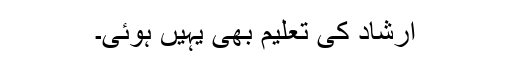
ارشاد کی تعلیم بھی یہیں ہوئی۔